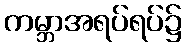
ကမ္ဘာအရပ်ရပ်၌